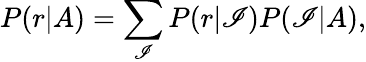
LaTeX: P(r|A)=\sum_{\mathscr{I}}P(r|\mathscr{I})P(\mathscr{I}|A),